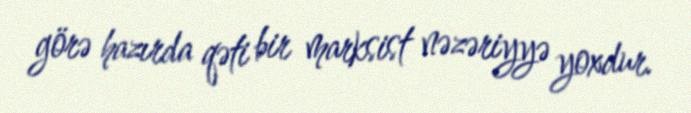
görə hazırda qəti bir marksist nəzəriyyə yoxdur.